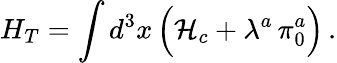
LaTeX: H_{T}=\int d^{3}x\, \Bigl({\cal H}_{c}+\lambda^{a}\, \pi_{0}^{a}\Bigr)\, .